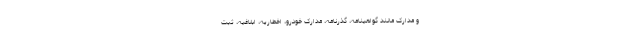
و مدارک مانند گواهینامه، گذرنامه، مدارک خودرو، اخطاریه، ابلاغیه، ثبت